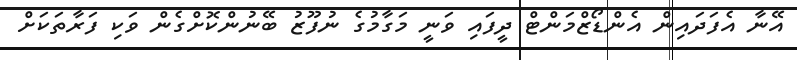
އޭނާ އެފަދައިން އެންޑޯޒްމަންޓް ދީފައި ވަނީ މަގާމުގެ ނުފޫޒު ބޭނުންކޮށްގެން ވަކި ފަރާތަކަށް